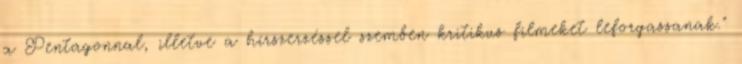
a Pentagonnal, illetve a hírszerzéssel szemben kritikus filmeket leforgassanak."